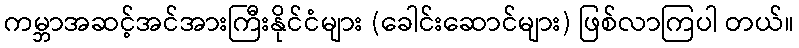
ကမ္ဘာအဆင့်အင်အားကြီးနိုင်ငံများ (ခေါင်းဆောင်များ) ဖြစ်လာကြပါ တယ်။